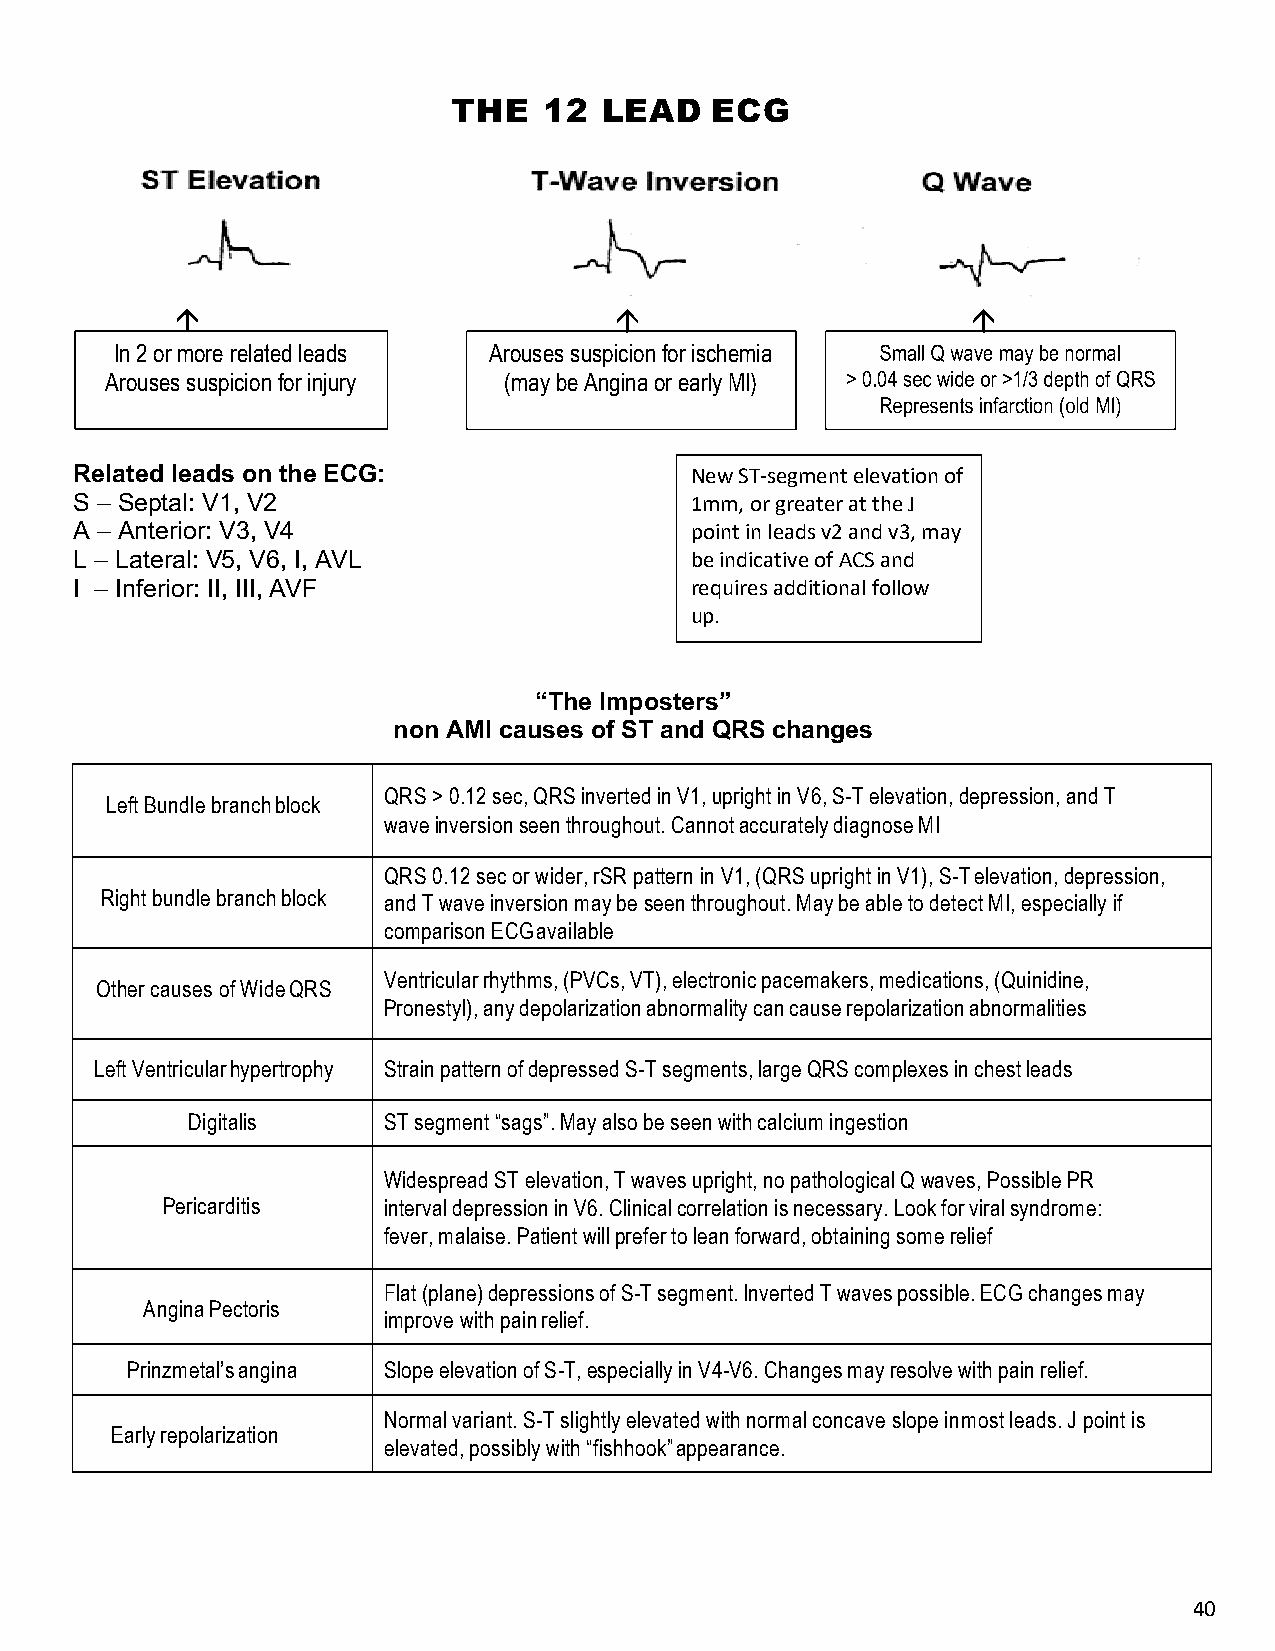
THE   12  LEAD   ECG
 In 2 or more related leads Arouses suspicion for ischemia
 Arouses suspicion for injury (may be Angina or early MI)
 Related leads on the ECG:                New ST-segment elevation of
 S – Septal: V1, V2                       1mm, or greater at the J
 A – Anterior: V3, V4                     point in leads v2 and v3, may
 L – Lateral: V5, V6, I, AVL              be indicative of ACS and
 I – Inferior: II, III, AVF               requires additional follow
 up.
 “The Imposters”
 non AMI causes of ST and QRS changes
 QRS > 0.12 sec, QRS inverted in V1, upright in V6, S-T elevation, depression, and T
 Left Bundle branch block
 wave inversion seen throughout. Cannot accurately diagnose MI
 QRS 0.12 sec or wider, rSR pattern in V1, (QRS upright in V1), S-T elevation, depression,
 Right bundle branch block and T wave inversion may be seen throughout. May be able to detect MI, especially if
 comparison ECG available
 Ventricular rhythms, (PVCs, VT), electronic pacemakers, medications, (Quinidine,
 Other causes of Wide QRS
 Pronestyl), any depolarization abnormality can cause repolarization abnormalities
 Left Ventricular hypertrophy Strain pattern of depressed S-T segments, large QRS complexes in chest leads
 Digitalis    ST segment “sags”. May also be seen with calcium ingestion
 Widespread ST elevation, T waves upright, no pathological Q waves, Possible PR
 Pericarditis  interval depression in V6. Clinical correlation is necessary. Look for viral syndrome:
 fever, malaise. Patient will prefer to lean forward, obtaining some relief
 Flat (plane) depressions of S-T segment. Inverted T waves possible. ECG changes may
 Angina Pectoris
 improve with pain relief.
 Prinzmetal’s angina Slope elevation of S-T, especially in V4-V6. Changes may resolve with pain relief.
 Normal variant. S-T slightly elevated with normal concave slope in most leads. J point is
 Early repolarization
 elevated, possibly with “fishhook” appearance.
 40